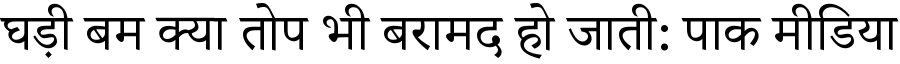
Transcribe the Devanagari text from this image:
घड़ी बम क्या तोप भी बरामद हो जाती: पाक मीडिया